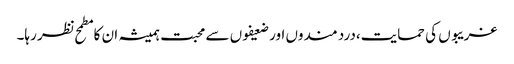
غریبوں کی حمایت،درد مندوں اور ضعیفوں سے محبت ہمیشہ ان کا مطمح نظر رہا۔